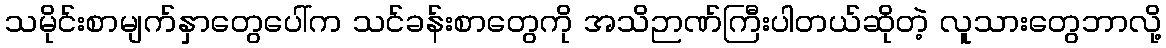
သမိုင်းစာမျက်နှာတွေပေါ်က သင်ခန်းစာတွေကို အသိဉာဏ်ကြီးပါတယ်ဆိုတဲ့ လူသားတွေဘာလို့